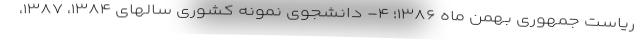
ریاست جمهوری بهمن ماه ۱۳۸۶؛ ۴- دانشجوی نمونه کشوری سالهای ۱۳۸۴، ۱۳۸۷،